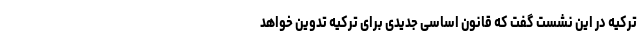
ترکیه در این نشست گفت که قانون اساسی جدیدی برای ترکیه تدوین خواهد